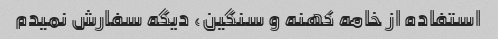
استفاده از خامه کهنه و سنگین، دیگه سفارش نمیدم